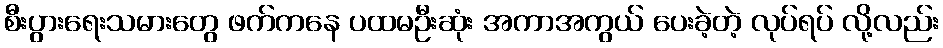
စီးပွားရေးသမားတွေ ဖက်ကနေ ပထမဦးဆုံး အကာအကွယ် ပေးခဲ့တဲ့ လုပ်ရပ် လို့လည်း